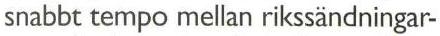
snabbt tempo mellan rikssändningar-